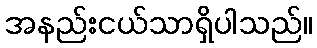
အနည်းငယ်သာရှိပါသည်။